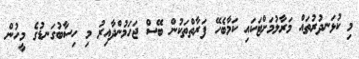
މި ކުޅަނދުރުތައް މަރާލުމަށްޓަކައި ކަމާބެހޭ ފަރާތްތަކުން ބޭސް ޖަހަމުންދާއިރު މި ހިސާބުގަނޑުގެ މީހުން